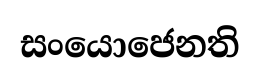
සංයොජෙනති